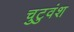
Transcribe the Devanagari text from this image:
चुटुवंश